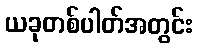
ယခုတစ်ပါတ်အတွင်း